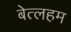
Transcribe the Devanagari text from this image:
बेत्लहम